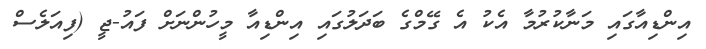
އިންޑިއާގައި މަނާކުރުމާ އެކު އެ ގޭމްގެ ބަދަލުގައި އިންޑިއާ މީހުންނަށް ފައު-ޖީ (ފިއަލެސް